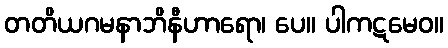
တတိယဂမနာဘိနီဟာရော၊ ပေ။ ပါကဋမေဝ။